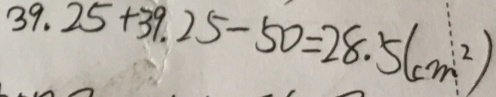
3 9 . 2 5 + 3 9 . 2 5 - 5 0 = 2 8 . 5 ( c m ^ { 2 } )